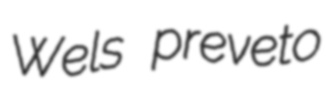
Wels preveto